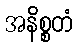
အနိစ္စတံ